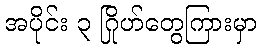
အပိုင်း ၃ ဂြိုဟ်တွေကြားမှာ